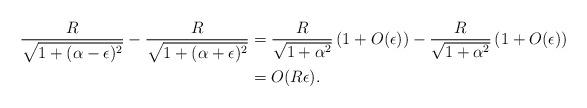
LaTeX: \begin{align*}\frac{R}{\sqrt{1+(\alpha-\epsilon)^{2}}}-\frac{R}{\sqrt{1+(\alpha+\epsilon)^{2}}}&=\frac{R}{\sqrt{1+\alpha^{2}}}\left(1+O(\epsilon)\right)-\frac{R}{\sqrt{1+\alpha^{2}}}\left(1+O(\epsilon)\right)\\&=O(R \epsilon).\end{align*}